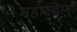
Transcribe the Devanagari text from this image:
महास्वामी